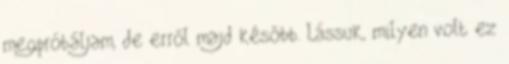
megpróbáljam, de erről majd később. Lássuk, milyen volt ez